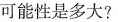
可能性是多大？